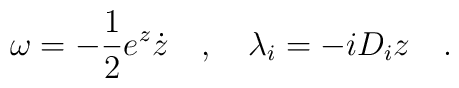
\omega= -\frac 12 e^{z} \dot z\quad,\quad\lambda_i = -i D_i z\quad.